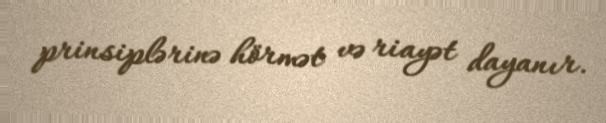
prinsiplərinə hörmət və riayət dayanır.